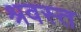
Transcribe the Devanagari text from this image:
श्रवस्त